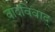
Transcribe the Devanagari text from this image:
वादविवाद्